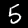
Digit: 5